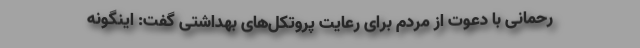
رحمانی با دعوت از مردم برای رعایت پروتکل‌های بهداشتی گفت: اینگونه